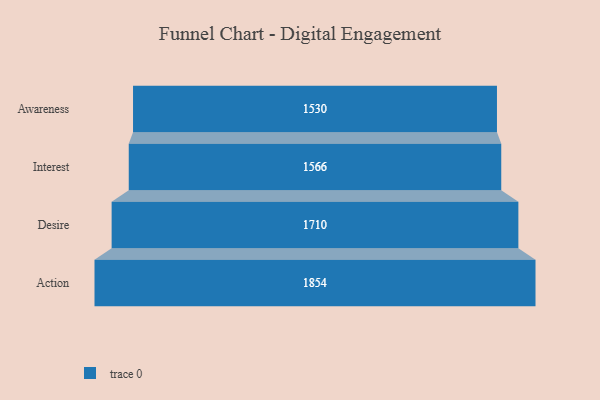
{"axis": {"x": "Stage", "y": "Value"}, "legend": [""], "data": [{"x": "Awareness", "y": 1530.0, "type": ""}, {"x": "Interest", "y": 1566.0, "type": ""}, {"x": "Desire", "y": 1710.0, "type": ""}, {"x": "Action", "y": 1854.0, "type": ""}]}